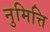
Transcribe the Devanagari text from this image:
नुमित्ति